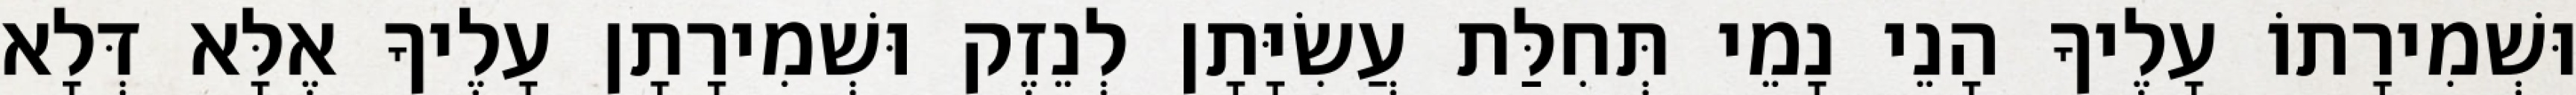
וּשְׁמִירָתוֹ עָלֶיךָ הָנֵי נָמֵי תְּחִלַּת עֲשִׂיָּתָן לְנֵזֶק וּשְׁמִירָתָן עָלֶיךָ אֶלָּא דְּלָא